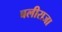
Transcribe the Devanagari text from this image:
बलीराजा